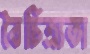
বৈচিত্র্যতা